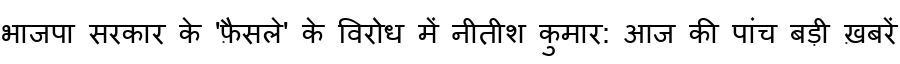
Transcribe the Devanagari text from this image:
भाजपा सरकार के 'फ़ैसले' के विरोध में नीतीश कुमार: आज की पांच बड़ी ख़बरें